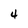
Character: 4